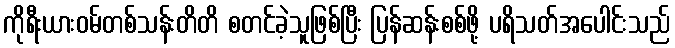
ကိုရီးယားဝမ်တစ်သန်းတိတိ စတင်ခဲ့သူဖြစ်ပြီး ပြန်ဆန်းစစ်ဖို့ ပရိသတ်အပေါင်းသည်